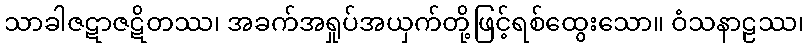
သာခါဇဋာဇဋိတဿ၊ အခက်အရှုပ်အယှက်တို့ဖြင့်ရစ်ထွေးသော။ ဝံသနာဠဿ၊